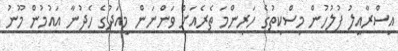
އިސްރާއީލު ފުލުހުން މިސްކިތުގެ ހަރިންމަ ތެރެއަށް ވަންނަން މިއަދުގެ ހެދުނާ އައުމުން މޫނު